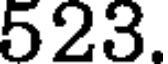
523.